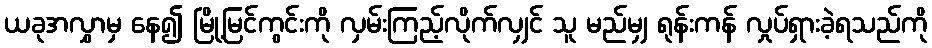
ယခုအလွှာမှ နေ၍ မြို့မြင်ကွင်းကို လှမ်းကြည့်လိုက်လျှင် သူ မည်မျှ ရုန်းကန် လှုပ်ရှားခဲ့ရသည်ကို